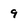
Character: 9